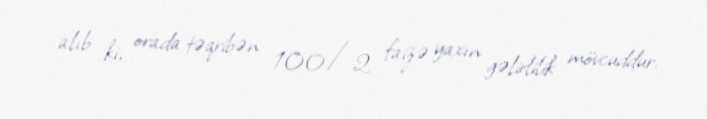
alıb ki, orada təqribən 100/2 faizə yaxın gəlirlilik mövcuddur.